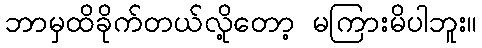
ဘာမှထိခိုက်တယ်လို့တော့ မကြားမိပါဘူး။